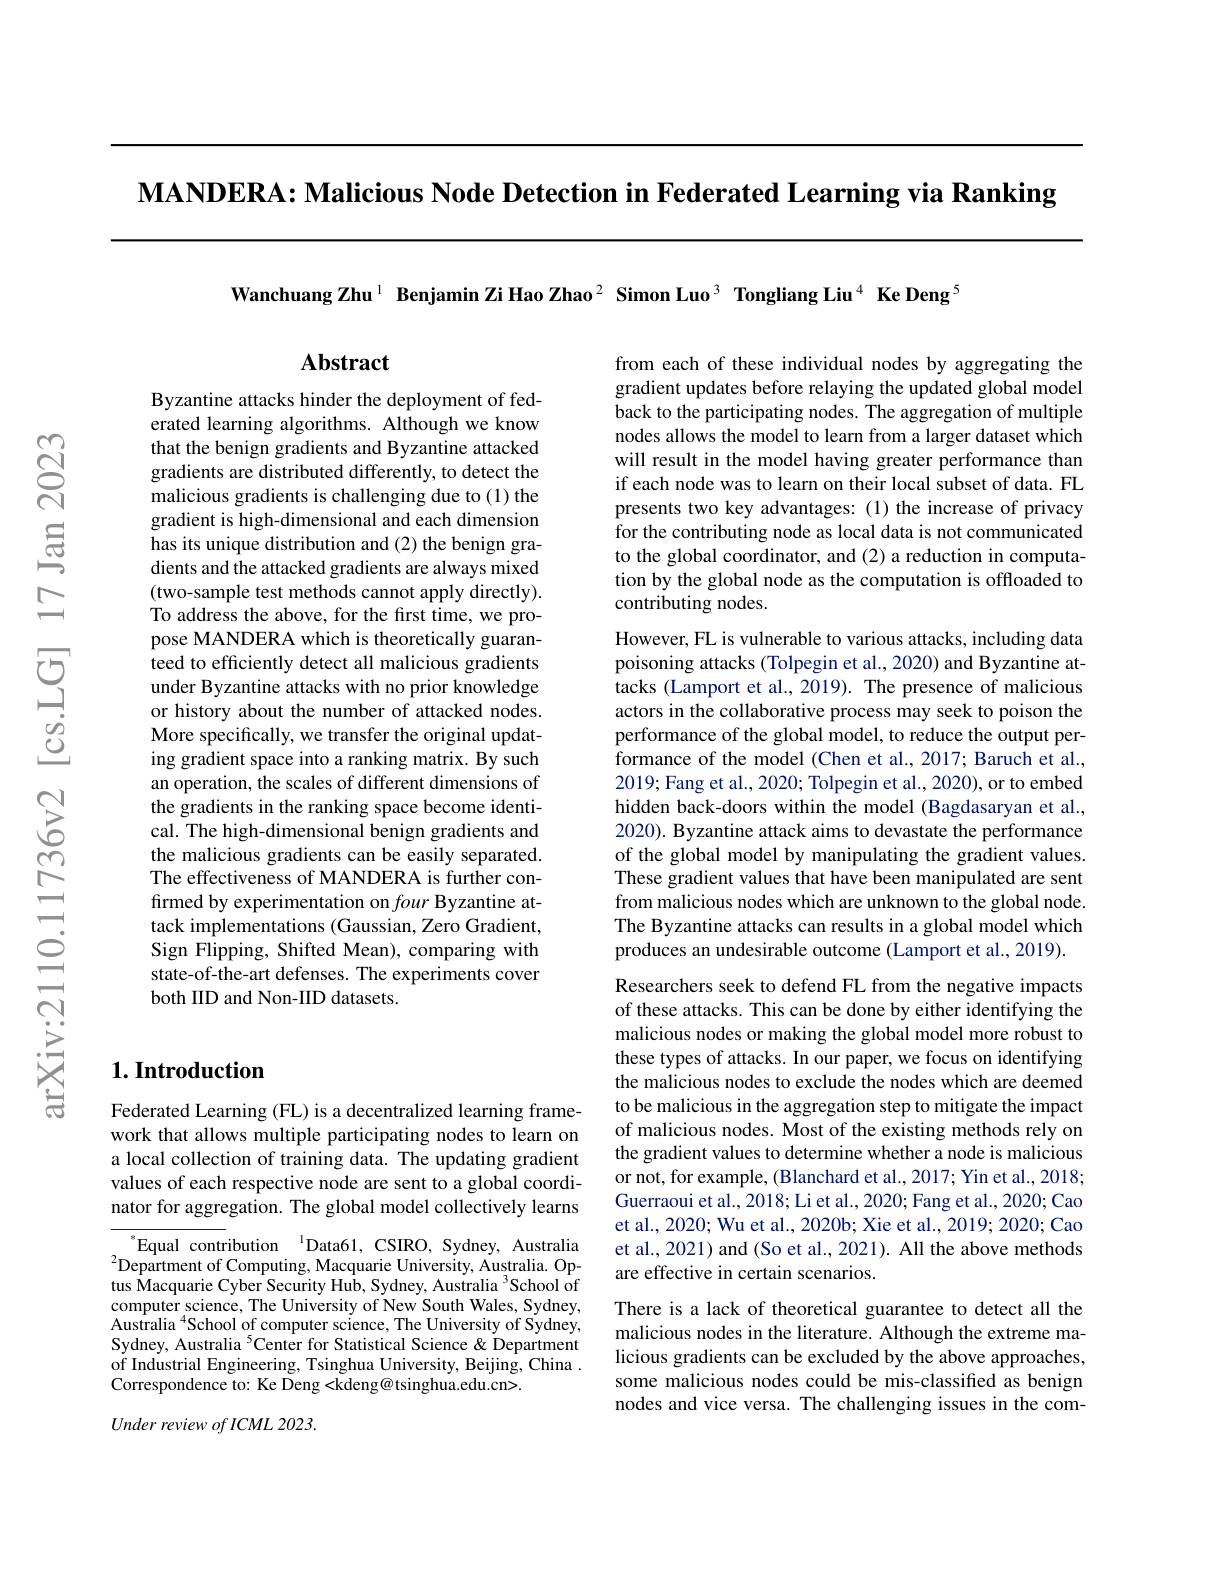
$\mathbf{MANDERA:~Malicious~Node~Detection~in~Federated~Learning~via~Ranking}$

Wanchuang Zhu$^{1}$ Benjamin Zi Hao Zhao$^{2}\textbf{Simon Luo}^{3}\textbf{ Tongliang Liu}^{4}\textbf{ Ke Deng}^{5}$

$\mathbf{Abstract}$

from each of these individual nodes by aggregating the gradient updates before relaying the updated global model back to the participating nodes. The aggregation of multiple nodes allows the model to learn from a larger dataset which will result in the model having greater performance than if each node was to learn on their local subset of data. FL presents two key advantages: (1) the increase of privacy for the contributing node as local data is not communicated to the global coordinator, and (2) a reduction in computation by the global node as the computation is offloaded to contributing nodes.

Byzantine attacks hinder the deployment of federated learning algorithms. Although we know that the benign gradients and Byzantine attacked gradients are distributed differently, to detect the malicious gradients is challenging due to (1) the gradient is high-dimensional and each dimension has its unique distribution and (2) the benign gradients and the attacked gradients are always mixed (two-sample test methods cannot apply directly). To address the above, for the first time, we propose MANDERA which is theoretically guaranteed to efficiently detect all malicious gradients under Byzantine attacks with no prior knowledge or history about the number of attacked nodes. More specifically, we transfer the original updating gradient space into a ranking matrix. By such an operation, the scales of different dimensions of the gradients in the ranking space become identical. The high-dimensional benign gradients and the malicious gradients can be easily separated. The effectiveness of MANDERA is further confirmed by experimentation on four Byzantine attack implementations (Gaussian, Zero Gradient, Sign Flipping, Shifted Mean), comparing with state-of-the-art defenses. The experiments cover both IID and Non-IID datasets.

However, FL is vulnerable to various attacks, including data poisoning attacks (Tolpegin et al., 2020) and Byzantine attacks (Lamport et al., 2019). The presence of malicious actors in the collaborative process may seek to poison the performance of the global model, to reduce the output performance of the model (Chen et al., 2017; Baruch et al., 2019; Fang et al., 2020; Tolpegin et al., 2020), or to embed hidden back-doors within the model (Bagdasaryan et al., 2020). Byzantine attack aims to devastate the performance of the global model by manipulating the gradient values. These gradient values that have been manipulated are sent from malicious nodes which are unknown to the global node. The Byzantine attacks can results in a global model which produces an undesirable outcome (Lamport et al., 2019).

Researchers seek to defend FL from the negative impacts of these attacks. This can be done by either identifying the malicious nodes or making the global model more robust to these types of attacks. In our paper, we focus on identifying the malicious nodes to exclude the nodes which are deemed to be malicious in the aggregation step to mitigate the impact of malicious nodes. Most of the existing methods rely on the gradient values to determine whether a node is malicious or not, for example, (Blanchard et al., 2017; Yin et al., 2018; Guerraoui et al., 2018; Li et al., 2020; Fang et al., 2020; Cao et al., 2020; Wu et al., 2020b; Xie et al., 2019; 2020; Cao et al., 2021) and (So et al., 2021). All the above methods are effective in certain scenarios.
There is a lack of theoretical guarantee to detect all the malicious nodes in the literature. Although the extreme malicious gradients can be excluded by the above approaches, some malicious nodes could be mis-classified as benign nodes and vice versa. The challenging issues in the com-

## $1. \textbf{Introduction}$

Federated Learning (FL) is a decentralized learning framework that allows multiple participating nodes to learn on a local collection of training data. The updating gradient values of each respective node are sent to a global coordinator for aggregation. The global model collectively learns

$^{*}$Equal contribution$^{\text{l}}$Data61, CSIRO, Sydney, Australia $^{2}$Department of Computing, Macquarie University, Australia. Optus Macquarie Cyber Security Hub, Sydney, Australia $^{3}$School of computer science, The University of New South Wales, Sydney, Australia $^{4}$School of computer science, The University of Sydney, Sydney, Australia $^{5}$Center for Statistical Science & Department of Industrial Engineering, Tsinghua University, Beijing, China . Correspondence to: Ke Deng <kdeng@ tsinghua.edu.cn>.

Under review of ICML 2023.